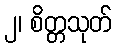
၂၊ စိတ္တသုတ်